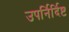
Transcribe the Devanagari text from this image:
उपर्निर्दिष्ट